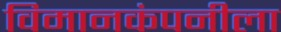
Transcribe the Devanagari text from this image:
विमानकंपनीला